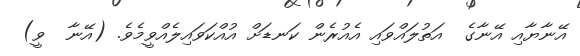
އޭނާޔާއި އޭނާގެ  އަތުލައްވައި އެއުރެން ކަނޑަށް އުއްކަވައިލެއްވީމެވެ. (އޭނާ  ވީ)